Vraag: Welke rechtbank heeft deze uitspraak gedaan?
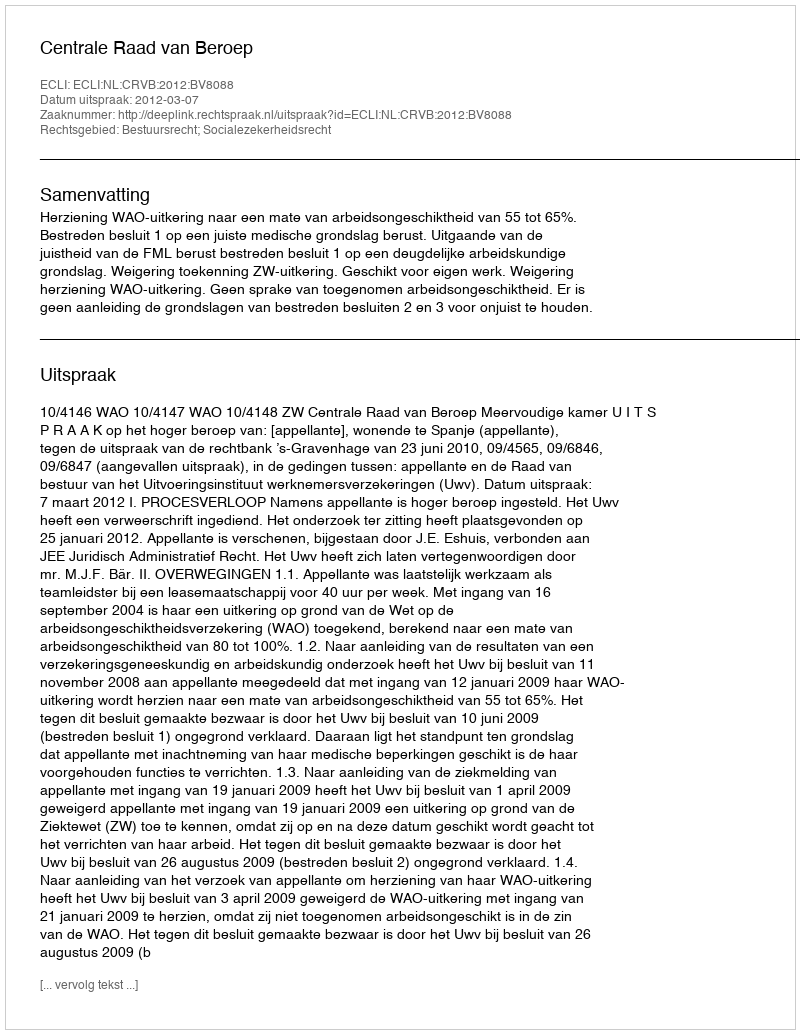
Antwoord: Centrale Raad van Beroep